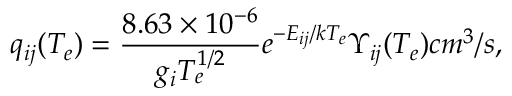
q _ { i j } ( T _ { e } ) = \frac { 8 . 6 3 \times 1 0 ^ { - 6 } } { g _ { i } T _ { e } ^ { 1 / 2 } } e ^ { - E _ { i j } / k T _ { e } } \Upsilon _ { i j } ( T _ { e } ) c m ^ { 3 } / s ,